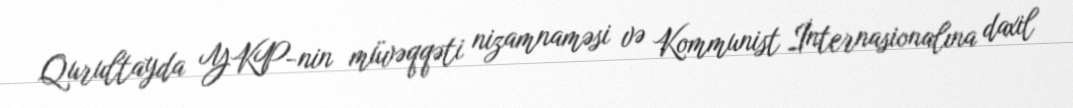
Qurultayda YKP-nin müvəqqəti nizamnaməsi və Kommunist İnternasionalına daxil